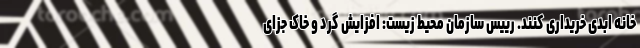
خانه ابدی خریداری کنند. رییس سازمان محیط زیست: افزایش گرد و خاک جزای